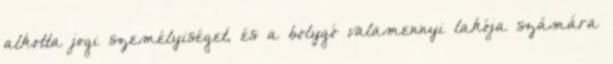
alkotta jogi személyiséget, és a bolygó valamennyi lakója számára